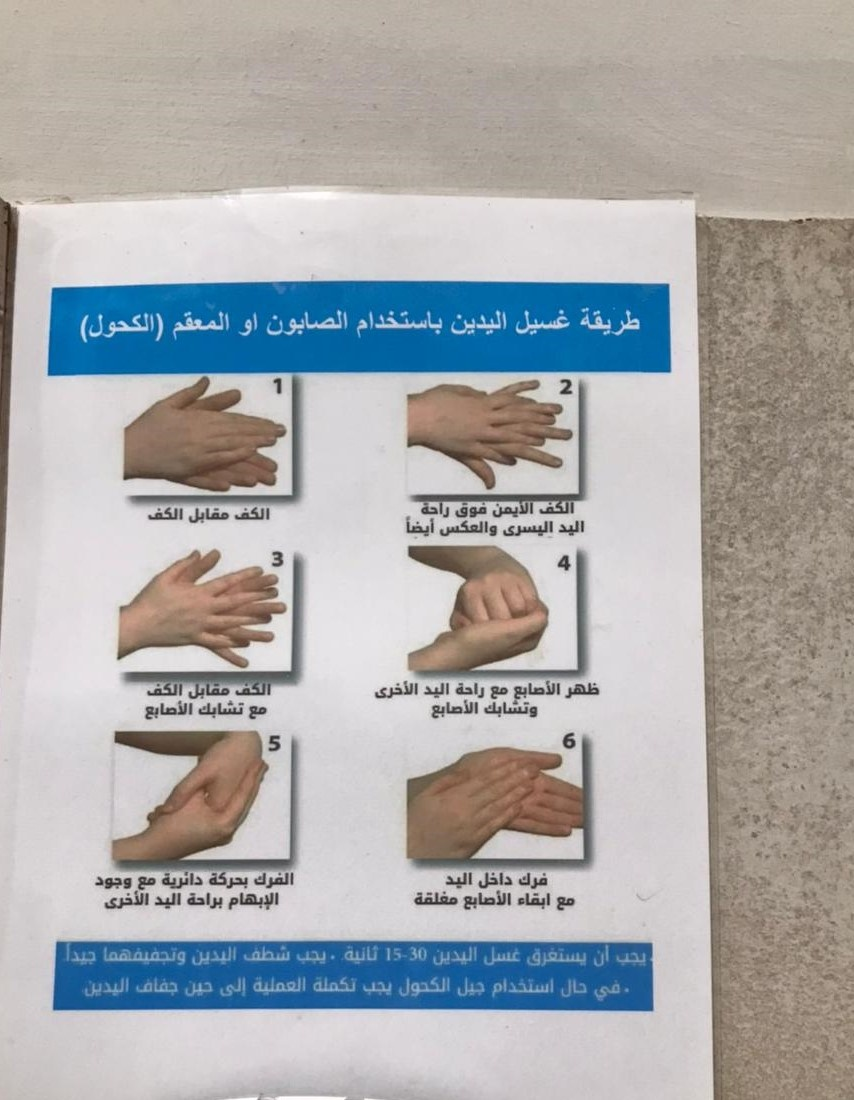
Text in image: الصابون طريقة اليدين غسيل باستخدام او المعقم (الكحول) الكف الأيمن راحة فوق الكف الكف مقابل أيضاً اليد والعكس اليسرى الأصابع الأخرى الكف الكف اليد راحة ظهر مقابل مع الأصابع وتشابك تشابك الأصابع مع فرك داخل اليد الفرك بحركة وجود دائرية مع مغلقة الأصابع الإبهام الأخرى ابقاء براحة اليد مع شطف ثانية جيدا وتجفيفهما اليدين غسل اليدين يجب ان يستغرق يجب حال استخدام جيل الكحول تكملة العملية إلى جفاف اليدين حين يجب في 1 2 3 4 6 5 30 15